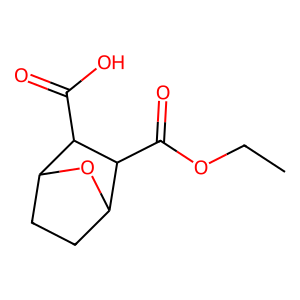
SMILES: CCOC(=O)C1C2CCC(O2)C1C(=O)O
Inhibits HIV replication: No